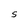
Character: S